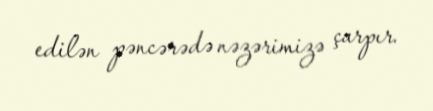
edilən pəncərədə nəzərimizə çarpır.